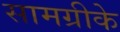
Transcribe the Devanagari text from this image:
सामग्रीके